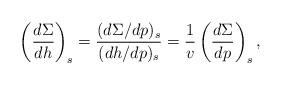
LaTeX: \begin{align*} \left(\frac{d\Sigma}{dh}\right)_s=\frac{(d\Sigma/dp)_s}{(dh/dp)_s}=\frac{1}{v}\left(\frac{d\Sigma}{dp}\right)_s,\end{align*}